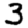
Digit: 3